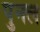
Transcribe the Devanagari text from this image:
पुनल